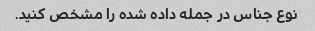
نوع جناس در جمله داده شده را مشخص کنید.